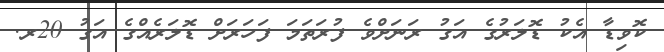
ކޮވިޑާ އެކު ޑޮލަރުގެ އަގު ރަނަށްވެ ފުރަތަމަ ފަހަރަށް ޑޮލަރެއްގެ އަގު 20ރ.